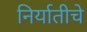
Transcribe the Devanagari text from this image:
निर्यातीचे